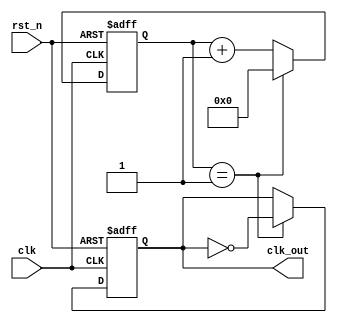
`timescale 1ns / 1ps

module ClkDiv #(parameter N = 2,
                   parameter WIDTH = 8)
                 (input clk,
                   input rst_n,
                   output reg clk_out);
    
    reg [WIDTH-1 : 0] cnt;
    always @(posedge clk, negedge rst_n)
    begin
        if (!rst_n)
            cnt <= 0;
        else
        begin
            if (cnt == N - 1)
            begin
                cnt <= 0;
            end
            else
            begin
                cnt <= cnt + 1;
            end
        end
    end
    
    always @(posedge clk, negedge rst_n)
    begin
        if (!rst_n)
            clk_out <= 0;
        else
            if (cnt == N - 1) begin
                clk_out <= !clk_out;
            end
    end
    
endmodule